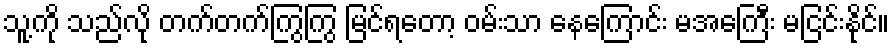
သူ့ကို သည်လို တက်တက်ကြွကြွ မြင်ရတော့ ဝမ်းသာ နေကြောင်း မအေကြီး မငြင်းနိုင်။